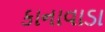
કાનાવાડા